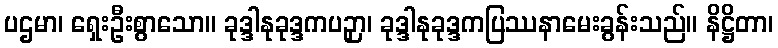
ပဌမာ၊ ရှေးဦးစွာသော။ ခုဒ္ဒါနုခုဒ္ဒကပဉှာ၊ ခုဒ္ဒါနုခုဒ္ဒကပြဿနာမေးခွန်းသည်။ နိဋ္ဌိတာ၊